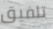
تلفيق